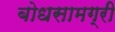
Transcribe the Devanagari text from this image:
बोधसामग्री